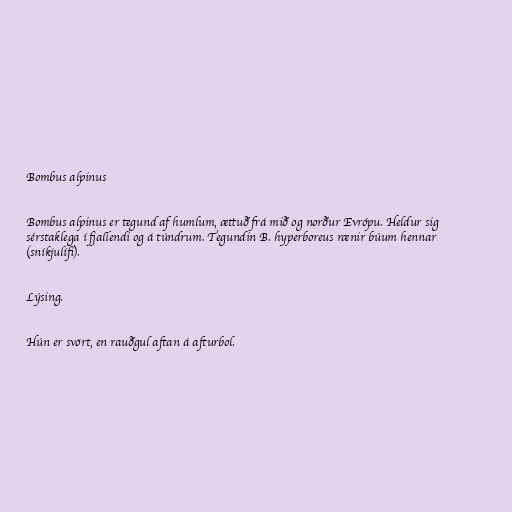
Bombus alpinus

Bombus alpinus er tegund af humlum, ættuð frá mið og norður Evrópu. Heldur sig
sérstaklega í fjallendi og á túndrum. Tegundin B. hyperboreus rænir búum hennar
(sníkjulífi).

Lýsing.

Hún er svört, en rauðgul aftan á afturbol.